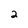
Character: 2